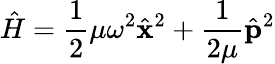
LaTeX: \hat{H}=\frac{1}{2}\mu\omega^{2}\hat{\mathbf x}^{2}+\frac{1}{2\mu}\hat{\mathbf p}^{2}